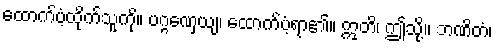
ထောက်ပံ့ထိုက်သူကို။ ပဂ္ဂဏှေယျ၊ ထောက်ပံ့ရာ၏။ ဣတိ၊ ဤသို့။ ဘဏိတံ၊